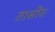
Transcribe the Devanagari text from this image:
तासीर।